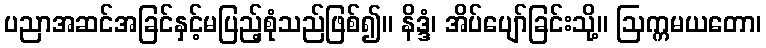
ပညာအဆင်အခြင်နှင့်မပြည့်စုံသည်ဖြစ်၍။ နိဒ္ဒံ၊ အိပ်ပျော်ခြင်းသို့။ ဩက္ကမယတော၊